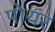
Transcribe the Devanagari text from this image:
पोयंर